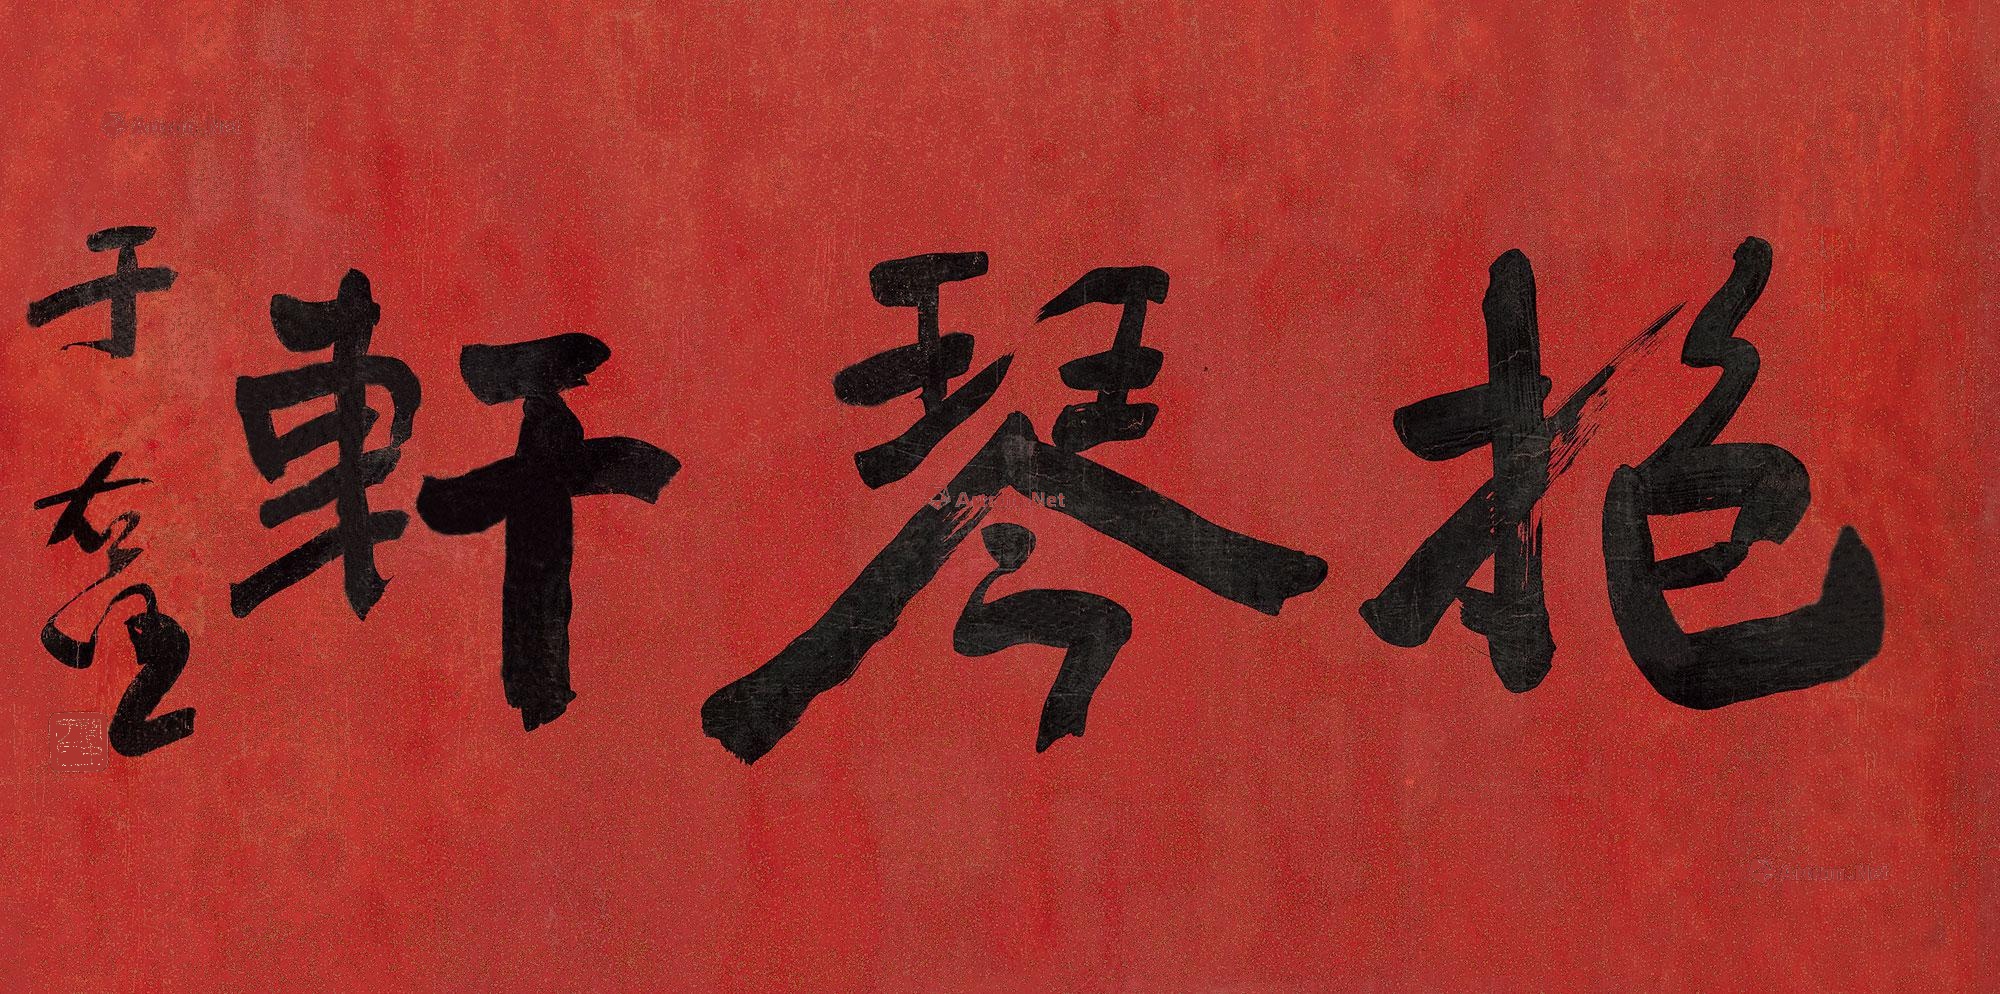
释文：抱琴轩。于右任。